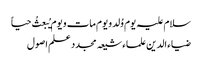
سلام علیہ یوم وُلد و یوم مات و یوم یُبعثُ حیاً
ضیاء الدین علماء شیعہ مجدد علم اصول